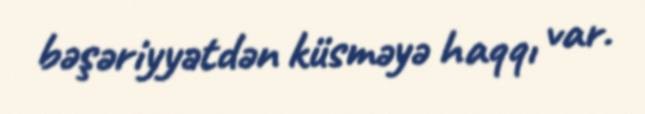
bəşəriyyətdən küsməyə haqqı var.